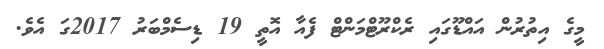
މީގެ އިތުރުން އައްޑޫގައި ރެކްރޫޓްމަންޓް ފެއާ އޮތީ 19 ޑިސެމްބަރު 2017ގަ އެވެ.